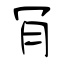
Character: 肎